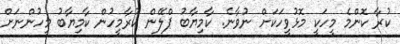
ކުރާ ކޮންމެ މީހަކީ މޮޅުވީހަކަށް ނުވާނެ. ކާމިޔާބު ޕްލޭން ކުރާމީހުން ކާމިޔާބު މީހުންނަށް